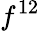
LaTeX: f^{12}